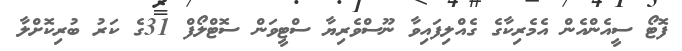
ފޮޓޯ ސީއެންއެން އެމެރިކާގެ ގެއްލިފައިވާ ނޫސްވެރިޔާ ސްޓީވަން ސޮޓްލޯފް 31ގެ ކަރު ބުރިކޮށްލާ